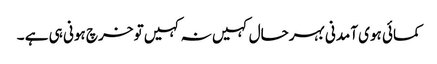
کمائی ہوی آمدنی بہرحال کہیں نہ کہیں تو خرچ ہونی ہی ہے ۔